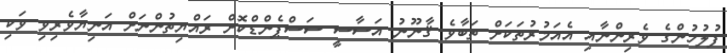
ފުލުހުންގެ ވެރިންނާއި އެއަމުރުތަކަށް ތަބާވެ ޤާނޫނު އަސާސީ ސަސްޕެންޑްކޮށް ރައްޔިތުންނަށް އަނިޔާވެރިވި ވަކި